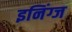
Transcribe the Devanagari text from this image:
इनिंग्ज